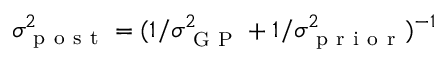
\sigma _ { \mathrm { ~ p ~ o ~ s ~ t ~ } } ^ { 2 } = ( 1 / \sigma _ { \mathrm { ~ G ~ P ~ } } ^ { 2 } + 1 / \sigma _ { \mathrm { ~ p ~ r ~ i ~ o ~ r ~ } } ^ { 2 } ) ^ { - 1 }